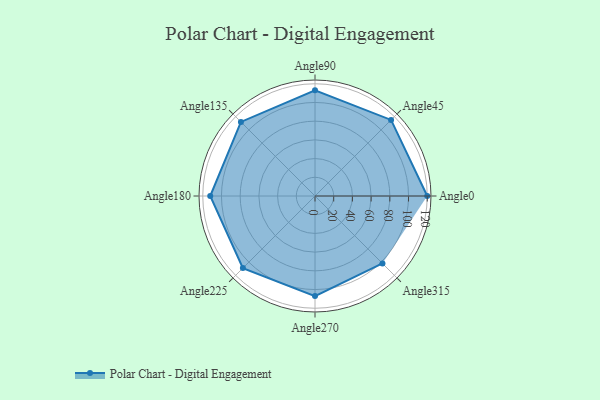
{"axis": {"x": "Angle", "y": "Radius"}, "legend": [""], "data": [{"x": "Angle0", "y": 120.0, "type": ""}, {"x": "Angle45", "y": 115.0, "type": ""}, {"x": "Angle90", "y": 113.0, "type": ""}, {"x": "Angle135", "y": 112.0, "type": ""}, {"x": "Angle180", "y": 112.0, "type": ""}, {"x": "Angle225", "y": 109.0, "type": ""}, {"x": "Angle270", "y": 107.0, "type": ""}, {"x": "Angle315", "y": 102.0, "type": ""}]}